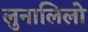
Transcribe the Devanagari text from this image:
लुनालिलो